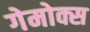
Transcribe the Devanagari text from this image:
गेमोक्स